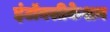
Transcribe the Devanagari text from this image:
इंटॉक्सीकेशन